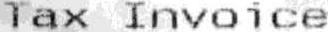
TAX INVOICE